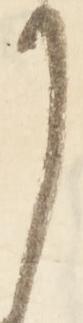
り